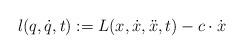
LaTeX: \begin{align*}l(q,\dot{q},t) := L(x,\dot{x},\ddot{x},t) -c \cdot \dot{x}\end{align*}